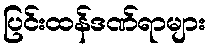
ပြင်းထန်ဒဏ်ရာများ